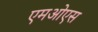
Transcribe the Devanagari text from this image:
एमओएस